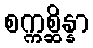
စက္ကစ္ဆိန္နာ